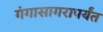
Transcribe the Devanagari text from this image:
गंगासागरापर्यंत